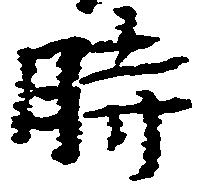
時